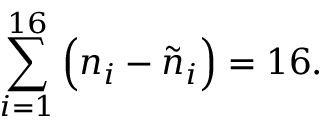
\sum _ { i = 1 } ^ { 1 6 } \Big ( n _ { i } - \tilde { n } _ { i } \Big ) = 1 6 .